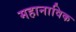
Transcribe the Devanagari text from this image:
महानाविक